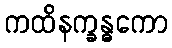
ကထိနက္ခန္ဓကော